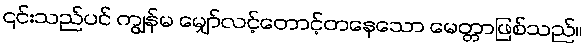
၎င်းသည်ပင် ကျွန်မ မျှော်လင့်တောင့်တနေသော မေတ္တာဖြစ်သည်။